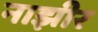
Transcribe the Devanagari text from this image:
नाझीर